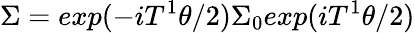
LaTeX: \Sigma=exp(-iT^{1}\theta/2)\Sigma_{0}exp(iT^{1}\theta/2)